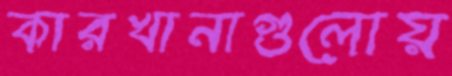
কারখানাগুলোয়